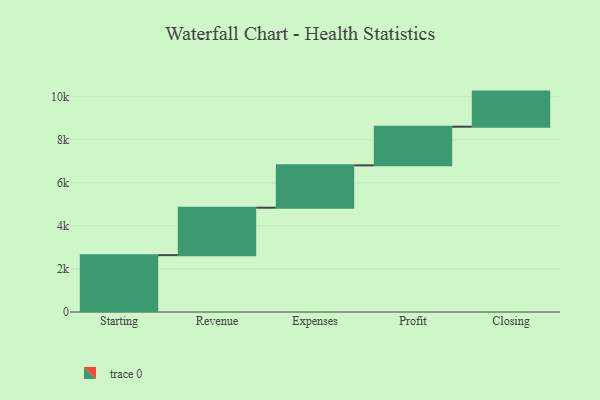
{"axis": {"x": "Step", "y": "Value"}, "legend": [""], "data": [{"x": "Starting", "y": 2640.0, "type": ""}, {"x": "Revenue", "y": 2204.0, "type": ""}, {"x": "Expenses", "y": 1967.0, "type": ""}, {"x": "Profit", "y": 1796.0, "type": ""}, {"x": "Closing", "y": 1630.0, "type": ""}]}